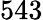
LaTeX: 543